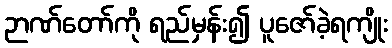
ဉာဏ်တော်ကို ရည်မှန်း၍ ပူဇော်ခဲ့ရကျိုး